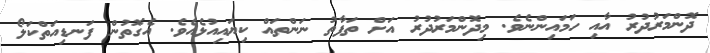
ދޮންމަރުދުރު އާއި ހަމައިންނެވެ. މިދޮންމަރުދުރު އަށް ތަފާތު ނަންތައް ކިޔައިއުޅެއެވެ. އެގޮތުން ފަނޑިއަތްކަލޯ